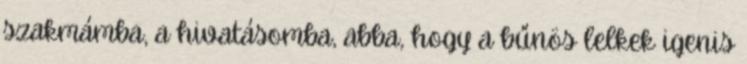
szakmámba, a hivatásomba, abba, hogy a bűnös lelkek igenis